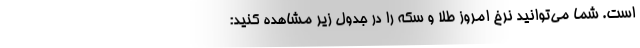
است. شما می‌توانید نرخ امروز طلا و سکه را در جدول زیر مشاهده کنید: